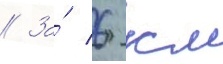
// За́ 6 км